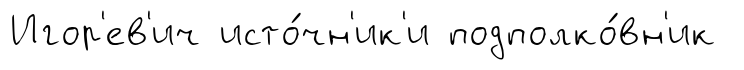
Игор'ев'ич исто́чн'ик'и подполко́вн'ик